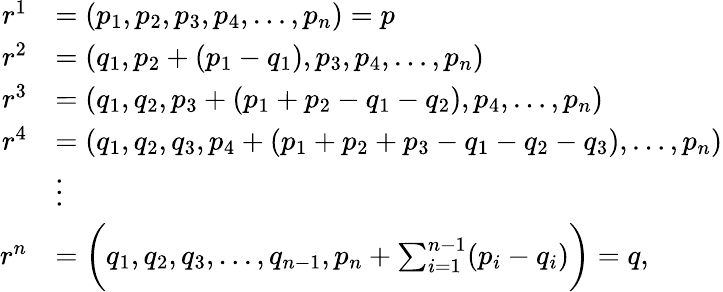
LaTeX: \begin{array}{rl}{r^{1}}&{=(p_{1},p_{2},p_{3},p_{4},\ldots,p_{n})=p}\\ {r^{2}}&{=(q_{1},p_{2}+(p_{1}-q_{1}),p_{3},p_{4},\ldots,p_{n})}\\ {r^{3}}&{=(q_{1},q_{2},p_{3}+(p_{1}+p_{2}-q_{1}-q_{2}),p_{4},\ldots,p_{n})}\\ {r^{4}}&{=(q_{1},q_{2},q_{3},p_{4}+(p_{1}+p_{2}+p_{3}-q_{1}-q_{2}-q_{3}),\ldots,p_{n})}\\ &{\vdots}\\ {r^{n}}&{=\bigg(q_{1},q_{2},q_{3},\ldots,q_{n-1},p_{n}+\sum_{i=1}^{n-1}(p_{i}-q_{i})\bigg)=q,}\end{array}